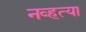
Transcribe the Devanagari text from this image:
नव्‍हत्‍या